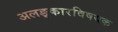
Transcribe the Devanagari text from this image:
अलङ्कारविषयक